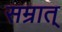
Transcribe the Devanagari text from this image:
सम्रात्